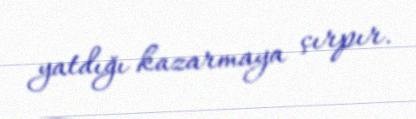
yatdığı kazarmaya çırpır.